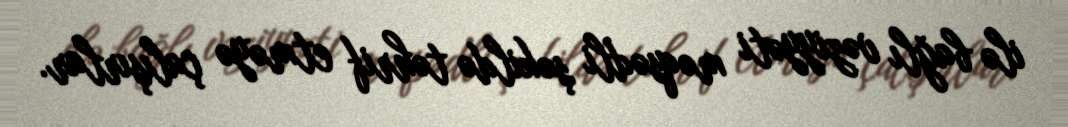
ilə bağlı vəziyyəti məqsədli şəkildə təhrif etməyə çalışırlar.